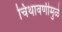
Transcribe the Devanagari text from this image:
चिथावणीमुळे